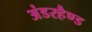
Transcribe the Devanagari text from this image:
अंडरहैण्ड